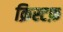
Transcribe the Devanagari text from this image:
क्रिस्टफ़